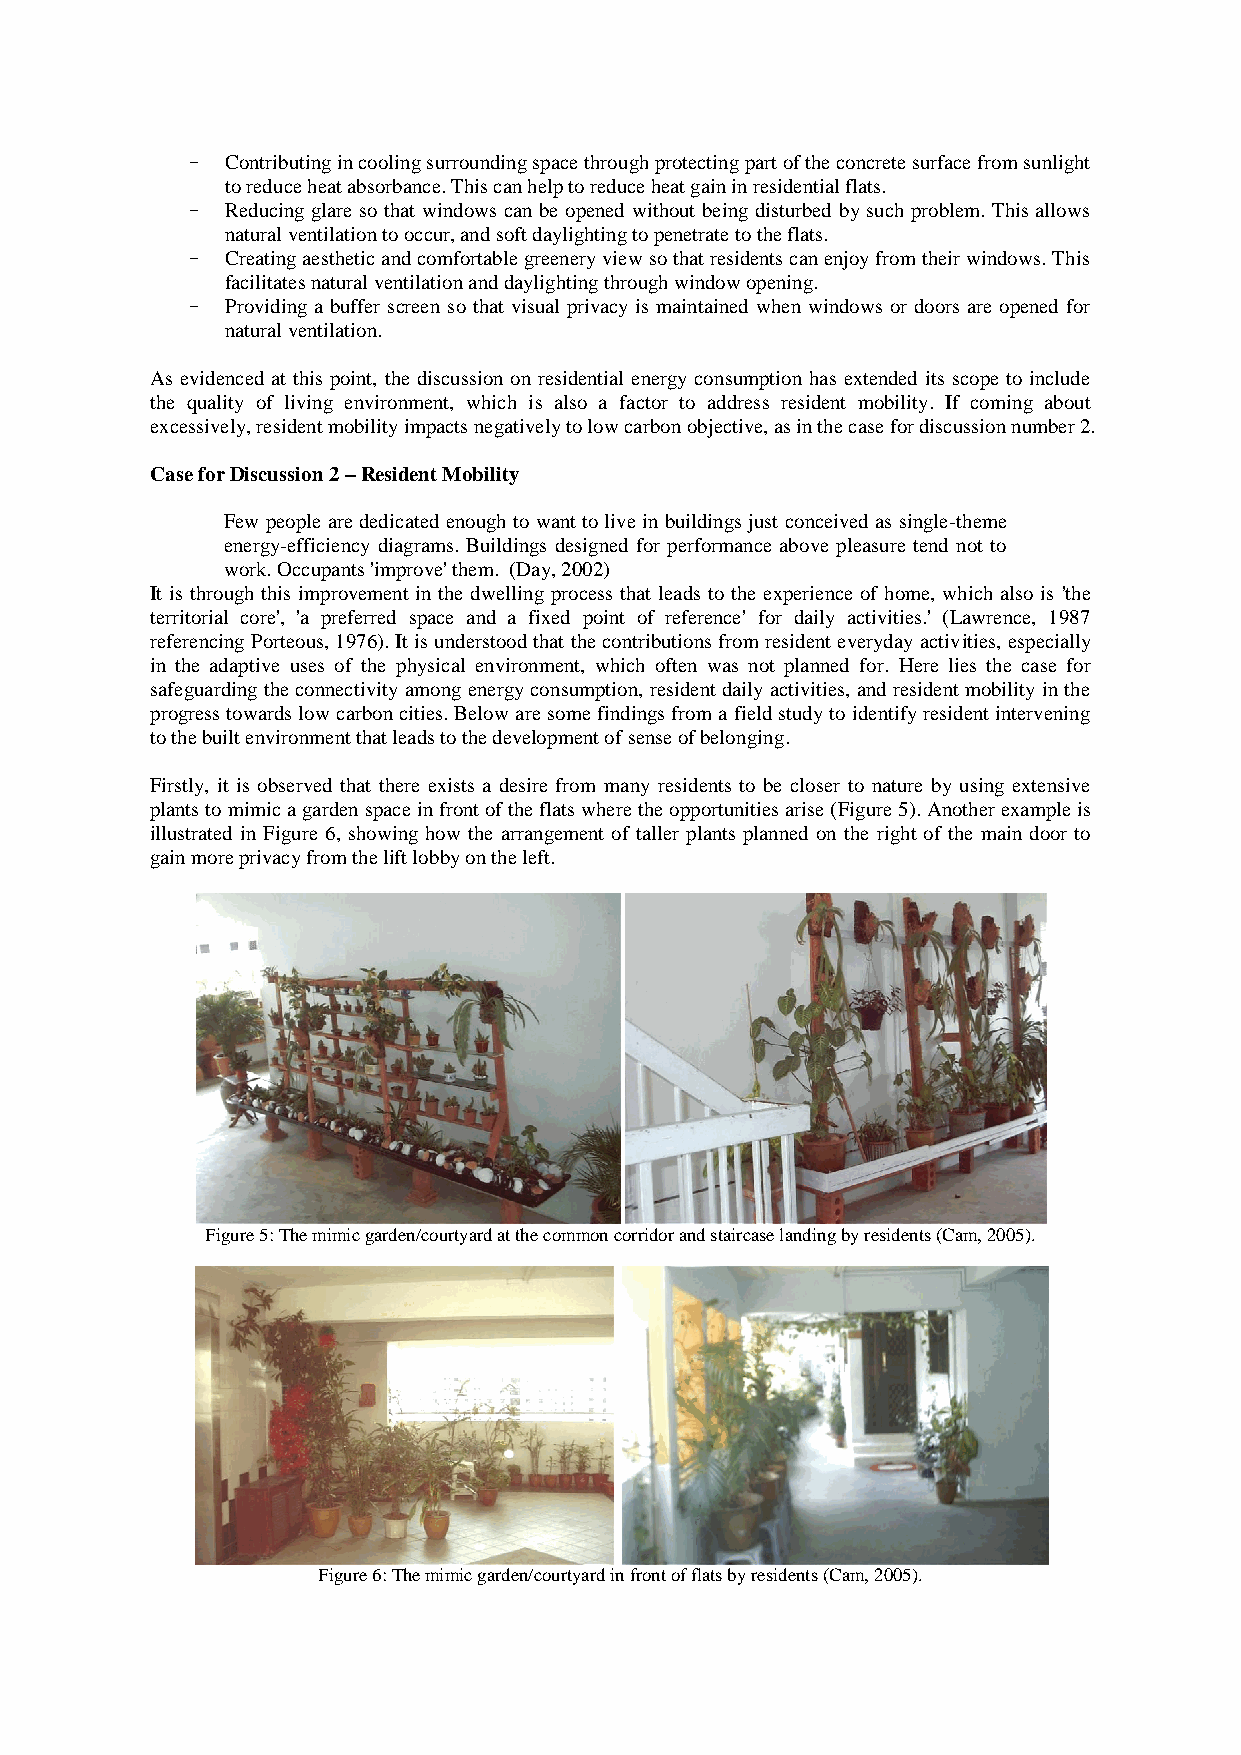
–  Contributing in cooling surrounding space through protecting part of the concrete surface from sunlight
 to reduce heat absorbance. This can help to reduce heat gain in residential flats.
 –  Reducing glare so that windows can be opened without being disturbed by such problem. This allows
 natural ventilation to occur, and soft daylighting to penetrate to the flats.
 –  Creating aesthetic and comfortable greenery view so that residents can enjoy from their windows. This
 facilitates natural ventilation and daylighting through window opening.
 –  Providing a buffer screen so that visual privacy is maintained when windows or doors are opened for
 natural ventilation.
 As evidenced at this point, the discussion on residential energy consumption has extended its scope to include
 the quality of living environment, which is also a factor to address resident mobility. If coming about
 excessively, resident mobility impacts negatively to low carbon objective, as in the case for discussion number 2.
 Case for Discussion 2 – Resident Mobility
 Few people are dedicated enough to want to live in buildings just conceived as single-theme
 energy-efficiency diagrams. Buildings designed for performance above pleasure tend not to
 work. Occupants 'improve' them. (Day, 2002)
 It is through this improvement in the dwelling process that leads to the experience of home, which also is 'the
 territorial core', 'a preferred space and a fixed point of reference' for daily activities.' (Lawrence, 1987
 referencing Porteous, 1976). It is understood that the contributions from resident everyday activities, especially
 in the adaptive uses of the physical environment, which often was not planned for. Here lies the case for
 safeguarding the connectivity among energy consumption, resident daily activities, and resident mobility in the
 progress towards low carbon cities. Below are some findings from a field study to identify resident intervening
 to the built environment that leads to the development of sense of belonging.
 Firstly, it is observed that there exists a desire from many residents to be closer to nature by using extensive
 plants to mimic a garden space in front of the flats where the opportunities arise (Figure 5). Another example is
 illustrated in Figure 6, showing how the arrangement of taller plants planned on the right of the main door to
 gain more privacy from the lift lobby on the left.
 Figure 5: The mimic garden/courtyard at the common corridor and staircase landing by residents (Cam, 2005).
 Figure 6: The mimic garden/courtyard in front of flats by residents (Cam, 2005).